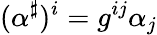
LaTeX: (\alpha^{\sharp})^{i}=g^{ij}\alpha_{j}